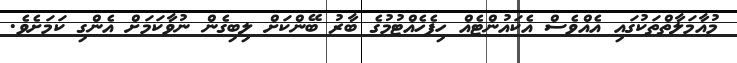
މުއާމަލާތްތަކުގައި އެއްވެސް އެކައުންޓެއް ހިފެހެއްޓުމުގެ ބާރު ބޭންކަށް ލިބިގެން ނުވާކަމަށް އެންގި ކަމަށެވެ.